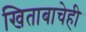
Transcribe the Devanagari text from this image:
खिताबाचेही